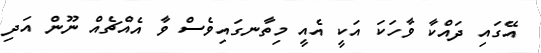
އޭގައި ދައްކާ ވާހަކަ އަކީ އެއީ މިތާނގައިވެސް ވާ އެއްޗެއް ނޫން އަދި